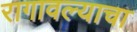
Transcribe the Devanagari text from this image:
रागावल्याचा